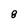
Character: 8